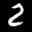
Label: 2